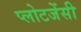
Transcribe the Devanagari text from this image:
प्लोटजेंसी